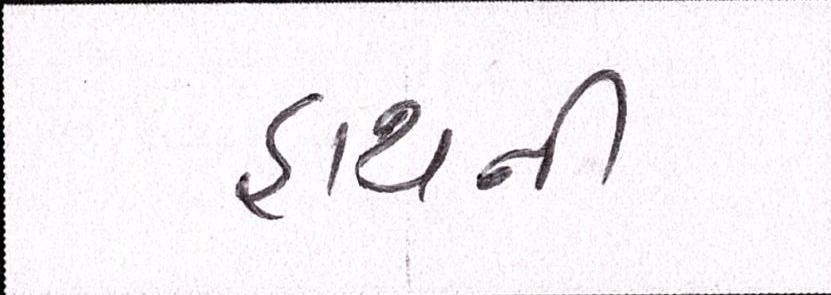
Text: હાથની